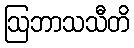
ဩဘာသသီတိ